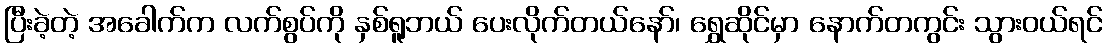
ပြီးခဲ့တဲ့ အခေါက်က လက်စွပ်ကို နှစ်ရူဘယ် ပေးလိုက်တယ်နော်၊ ရွှေဆိုင်မှာ နောက်တကွင်း သွားဝယ်ရင်